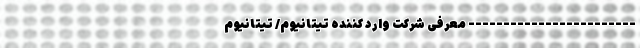
------------------------ معرفی شرکت وارد کننده تیتانیوم/ تیتانیوم